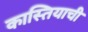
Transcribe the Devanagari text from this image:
कास्तियाची